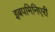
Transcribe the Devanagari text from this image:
इबपमिनिएरी